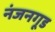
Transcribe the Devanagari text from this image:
नंजनगूड